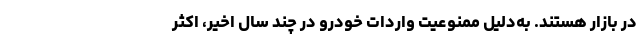
در بازار هستند. به‌دلیل ممنوعیت واردات خودرو در چند سال اخیر، اکثر